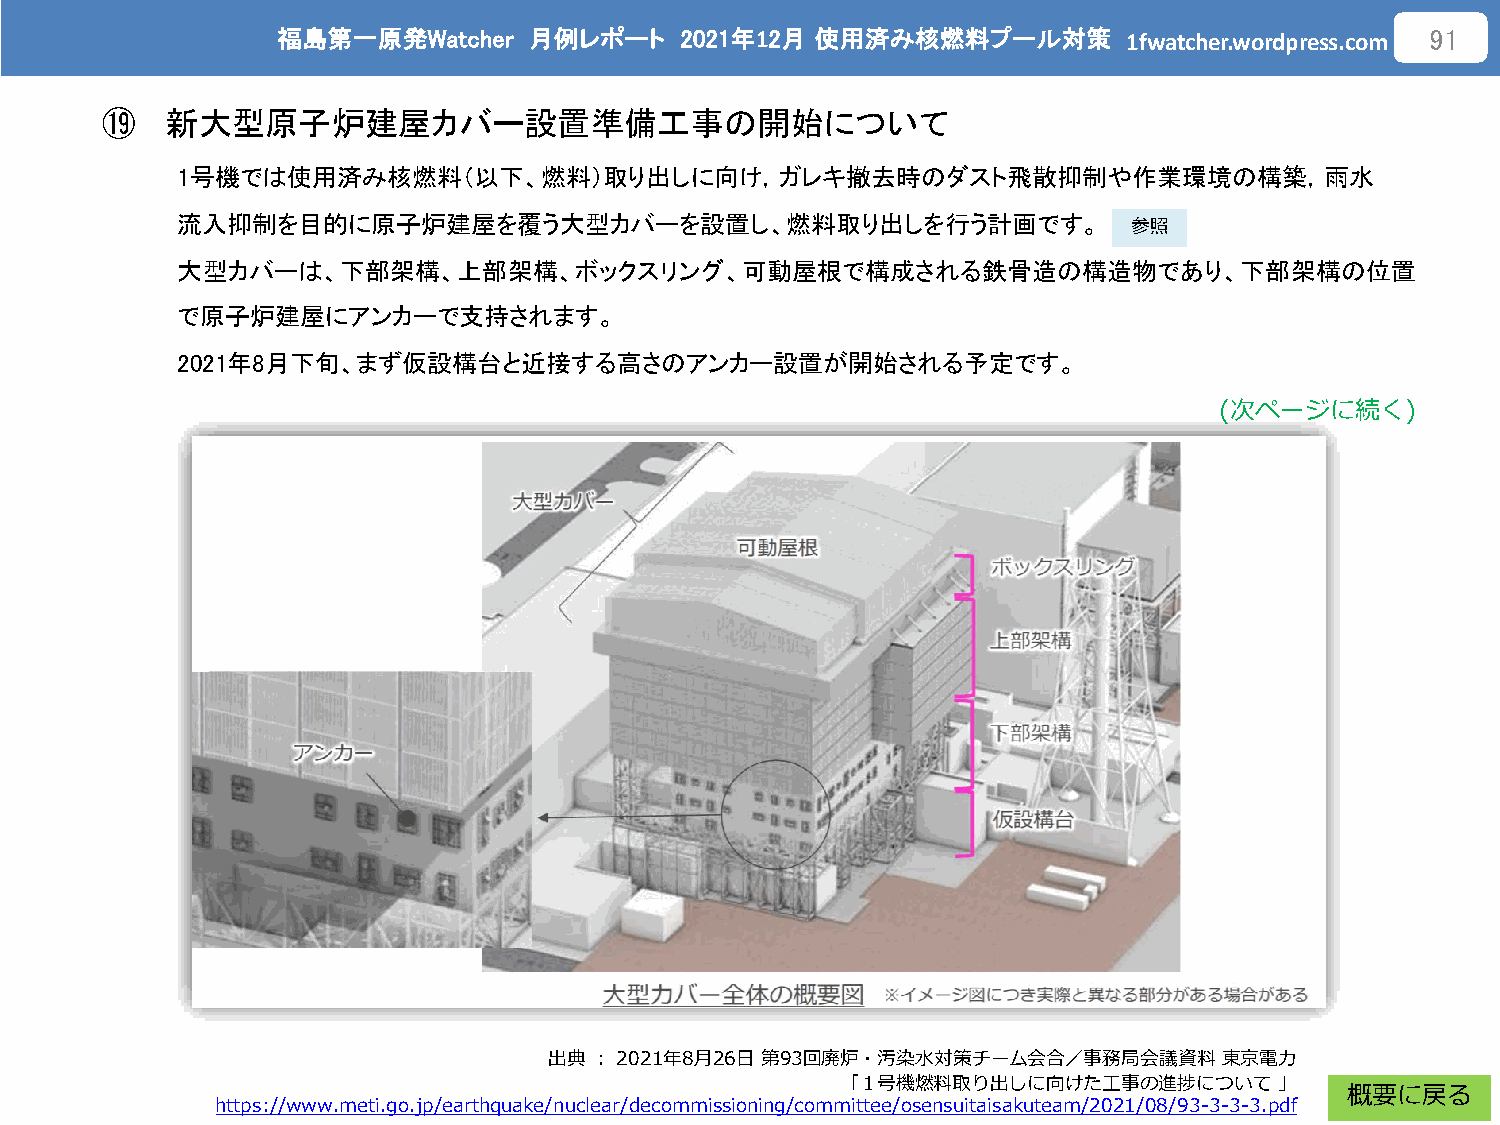
福島第一原発Watcher    月例レポート    2021年12月 使用済み核燃料プール対策
 1fwatcher.wordpress.com
 91
 ⑲   新大型原子炉建屋カバー設置準備工事の開始について
 1号機では使用済み核燃料（以下、燃料）取り出しに向け，ガレキ撤去時のダスト飛散抑制や作業環境の構築，雨水
 流入抑制を目的に原子炉建屋を覆う大型カバーを設置し、燃料取り出しを行う計画です。
 参照
 大型カバーは、下部架構、上部架構、ボックスリング、可動屋根で構成される鉄骨造の構造物であり、下部架構の位置
 で原子炉建屋にアンカーで支持されます。
 2021年8月下旬、まず仮設構台と近接する高さのアンカー設置が開始される予定です。
 (次ページに続く)
 出典：2021年8月26日第93回廃炉・汚染水対策チーム会合／事務局会議資料       東京電力
 「１号機燃料取り出しに向けた工事の進捗について」
 概要に戻る
 https://www.meti.go.jp/earthquake/nuclear/decommissioning/committee/osensuitaisakuteam/2021/08/93-3-3-3.pdf